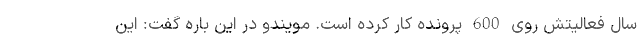
سال فعالیتش روی 600 پرونده کار کرده است. مویندو در این باره گفت: این